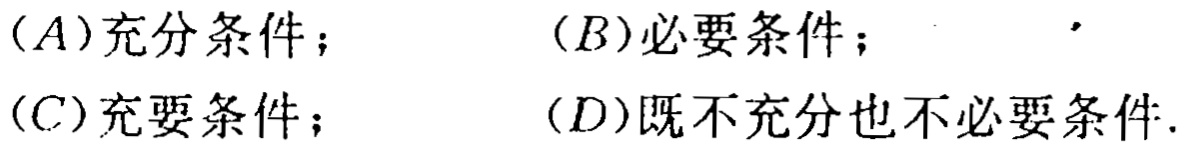
(A)充分条件；
(B)必要条件；
(C)充要条件；
(D)既不充分也不必要条件.